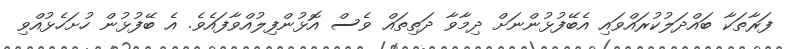
ފަރާތަކާ ބައްދަލުކުރައްވައި އެބޭފުޅުންނަށް ދިމާވާ ދަތިތައް ވެސް އޮޅުންފިލުއްވާފައެވެ. އެ ބޭފުޅުން ހުށަހެޅުއްވި